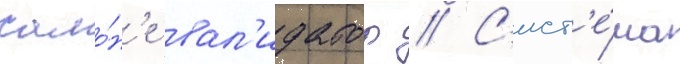
сало́н'е вал'идатор // С'ист'е́ма